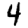
Digit: 4